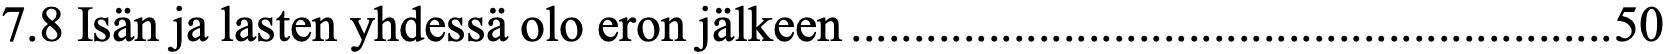
7.8 Isän ja lasten yhdessä olo eron jälkeen ............................................................. 50